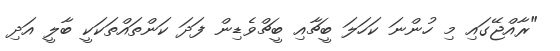
"ރާއްޖޭގައި މި ހުންނަ ކަހަލަ ބީޗާއި ބީޗްވެޑިން ފަދަ ކަންތައްތަކަކީ ބާލީ އަދި